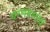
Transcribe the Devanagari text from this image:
घरणग्रस्तांचं